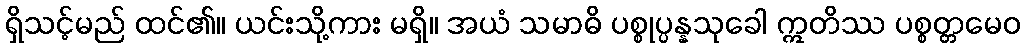
ရှိသင့်မည် ထင်၏။ ယင်းသို့ကား မရှိ။ အယံ သမာဓိ ပစ္စုပ္ပန္နသုခေါ ဣတိဿ ပစ္စတ္တမေဝ